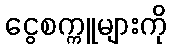
ငွေစက္ကူများကို